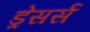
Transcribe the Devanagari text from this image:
ड्रेसर्स